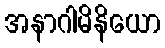
အနာဂါမိနိယော